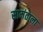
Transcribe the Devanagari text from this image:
सामंताला